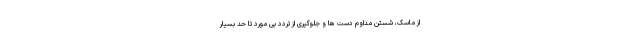
از ماسک، شستن مداوم دست ها و جلوگیری از تردد بی مورد تا حد بسیار